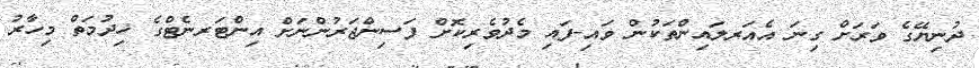
ދުނިޔޭގެ ވަރަށް ގިނަ އެއަރލައިންތަކުން ވައި-ފައި މެދުވެރިކޮށް ފަސިންޖަރުންނަށް އިންޓަރނެޓްގެ ޚިދުމަތް މިހާރު